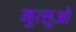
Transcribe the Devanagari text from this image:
मुत्सुओ